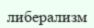
либерализм